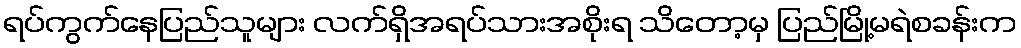
ရပ်ကွက်နေပြည်သူများ လက်ရှိအရပ်သားအစိုးရ သိတော့မှ ပြည်မြို့မရဲစခန်းက